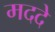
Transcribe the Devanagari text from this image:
मददे